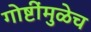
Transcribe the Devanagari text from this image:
गोष्टींमुळेच